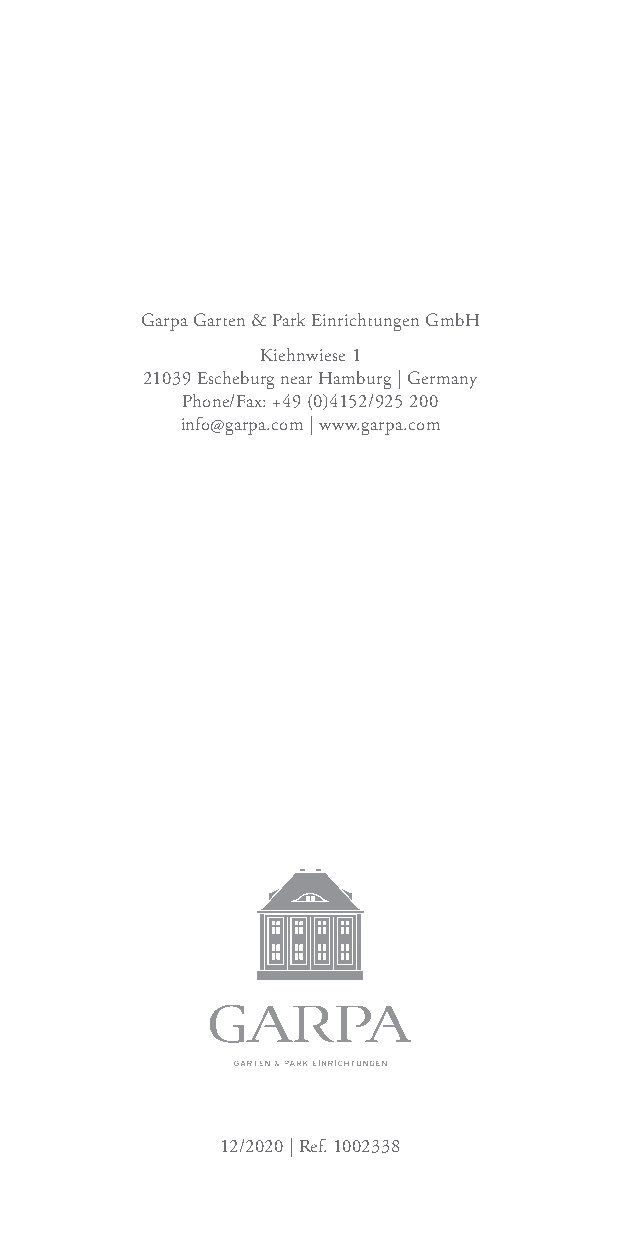
Garpa Garten & Park Einrichtungen GmbH
 Kiehnwiese 1
 21039 Escheburg near Hamburg | Germany
 Phone/Fax: +49 (0)4152/925 200
 info@garpa.com | www.garpa.com
 12/2020 | Ref. 1002338